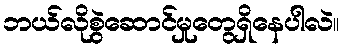
ဘယ်လိုစွဲဆောင်မှုတွေရှိနေပါလဲ။